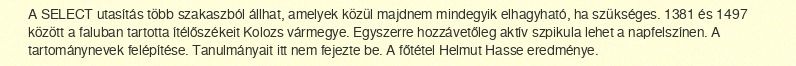
A SELECT utasítás több szakaszból állhat, amelyek közül majdnem mindegyik elhagyható, ha szükséges. 1381 és 1497 között a faluban tartotta ítélőszékeit Kolozs vármegye. Egyszerre hozzávetőleg aktív szpikula lehet a napfelszínen. A tartománynevek felépítése. Tanulmányait itt nem fejezte be. A főtétel Helmut Hasse eredménye.